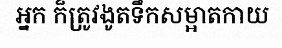
អ្នក ក៏ត្រូវងូតទឹកសម្អាតកាយ